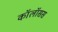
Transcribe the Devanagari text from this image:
कॉलॉसस